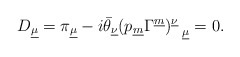
\begin{align*}D_{\underline\mu}=\pi_{\underline\mu}-i\bar\theta_{\underline{\nu}}(p_{\underline m}\Gamma^{\underline m})^{\underline{\nu}}_{~~\underline{\mu}}=0.\end{align*}